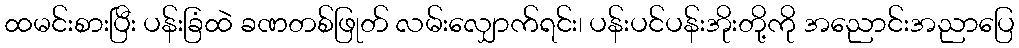
ထမင်းစားပြီး ပန်းခြံထဲ ခဏတစ်ဖြုတ် လမ်းလျှောက်ရင်း၊ ပန်းပင်ပန်းအိုးတို့ကို အညောင်းအညာပြေ